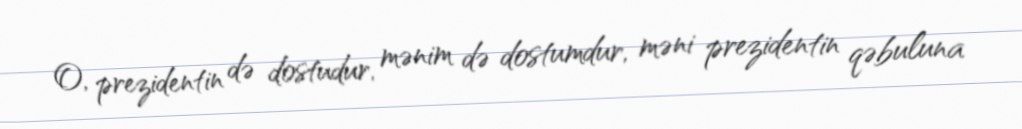
O, prezidentin də dostudur, mənim də dostumdur, məni prezidentin qəbuluna